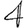
Digit: 4